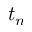
t _ { n }